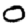
Digit: 0